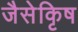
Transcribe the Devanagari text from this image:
जैसेकृिष